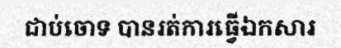
ជាប់ចោទ បានរត់ការធ្វើឯកសារ